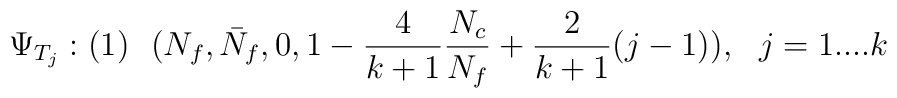
\Psi_{T_{j}}: (1)\ \ (N_{f}, \bar{N}_{f}, 0, 1- \frac{4}{k+1}\frac{N_{c}}{N_{f}} + \frac{2}{k+1}(j-1)), \ \ j=1....k